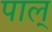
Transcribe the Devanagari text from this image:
पाल्